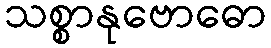
သစ္စာနုဗောဓော